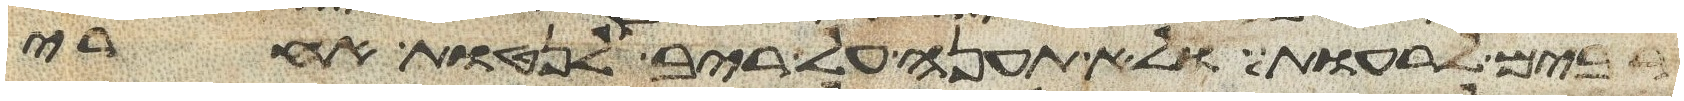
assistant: רבים לרעות ולא תענה על ריב לנטות אחרי